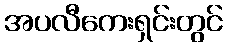
အပလီကေးရှင်းတွင်